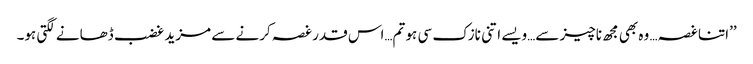
’’اتنا غصہ… وہ بھی مجھ ناچیز سے…ویسے اتنی نازک سی ہو تم…اس قدر غصہ کرنے سے مزید غضب ڈھانے لگتی ہو۔